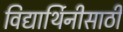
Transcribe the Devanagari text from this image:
विद्यार्थिनीसाठी